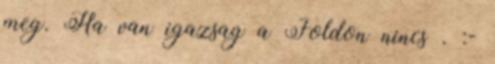
meg. Ha van igazsag a Foldon nincs . :-